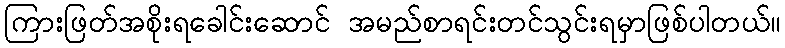
ကြားဖြတ်အစိုးရခေါင်းဆောင် အမည်စာရင်းတင်သွင်းရမှာဖြစ်ပါတယ်။